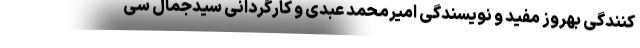
کنندگی بهروز مفید و نویسندگی امیرمحمد عبدی و کارگردانی سیدجمال سی